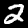
Label: 2